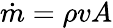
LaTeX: {\dot{m}}=\rho vA